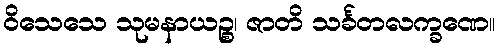
ဝိသေသေ သုမနာယဉ္စ၊ ဇာတိ သင်္ခတလက္ခဏေ။